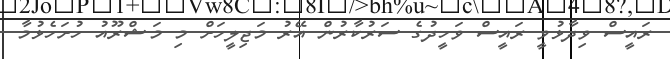
ރައީސް ވިދާޅުވީ ރައީސް ވަހީދުގެ ސަރުކާރުން އޭރު މަޖިލީހަށް މި މަޝްރޫއު ހުށަހެޅުމާ